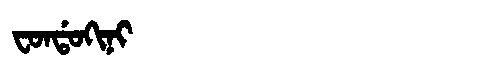
Manchu: ᠸᠣᠨᡩᠣᡴᡳᠨᡳ
Romanization: FONDOKINI